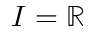
I = \mathbb { R }